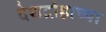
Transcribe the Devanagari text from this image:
देशद्रोहाच्या